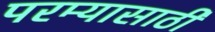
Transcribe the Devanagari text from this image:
परम्यासाठी